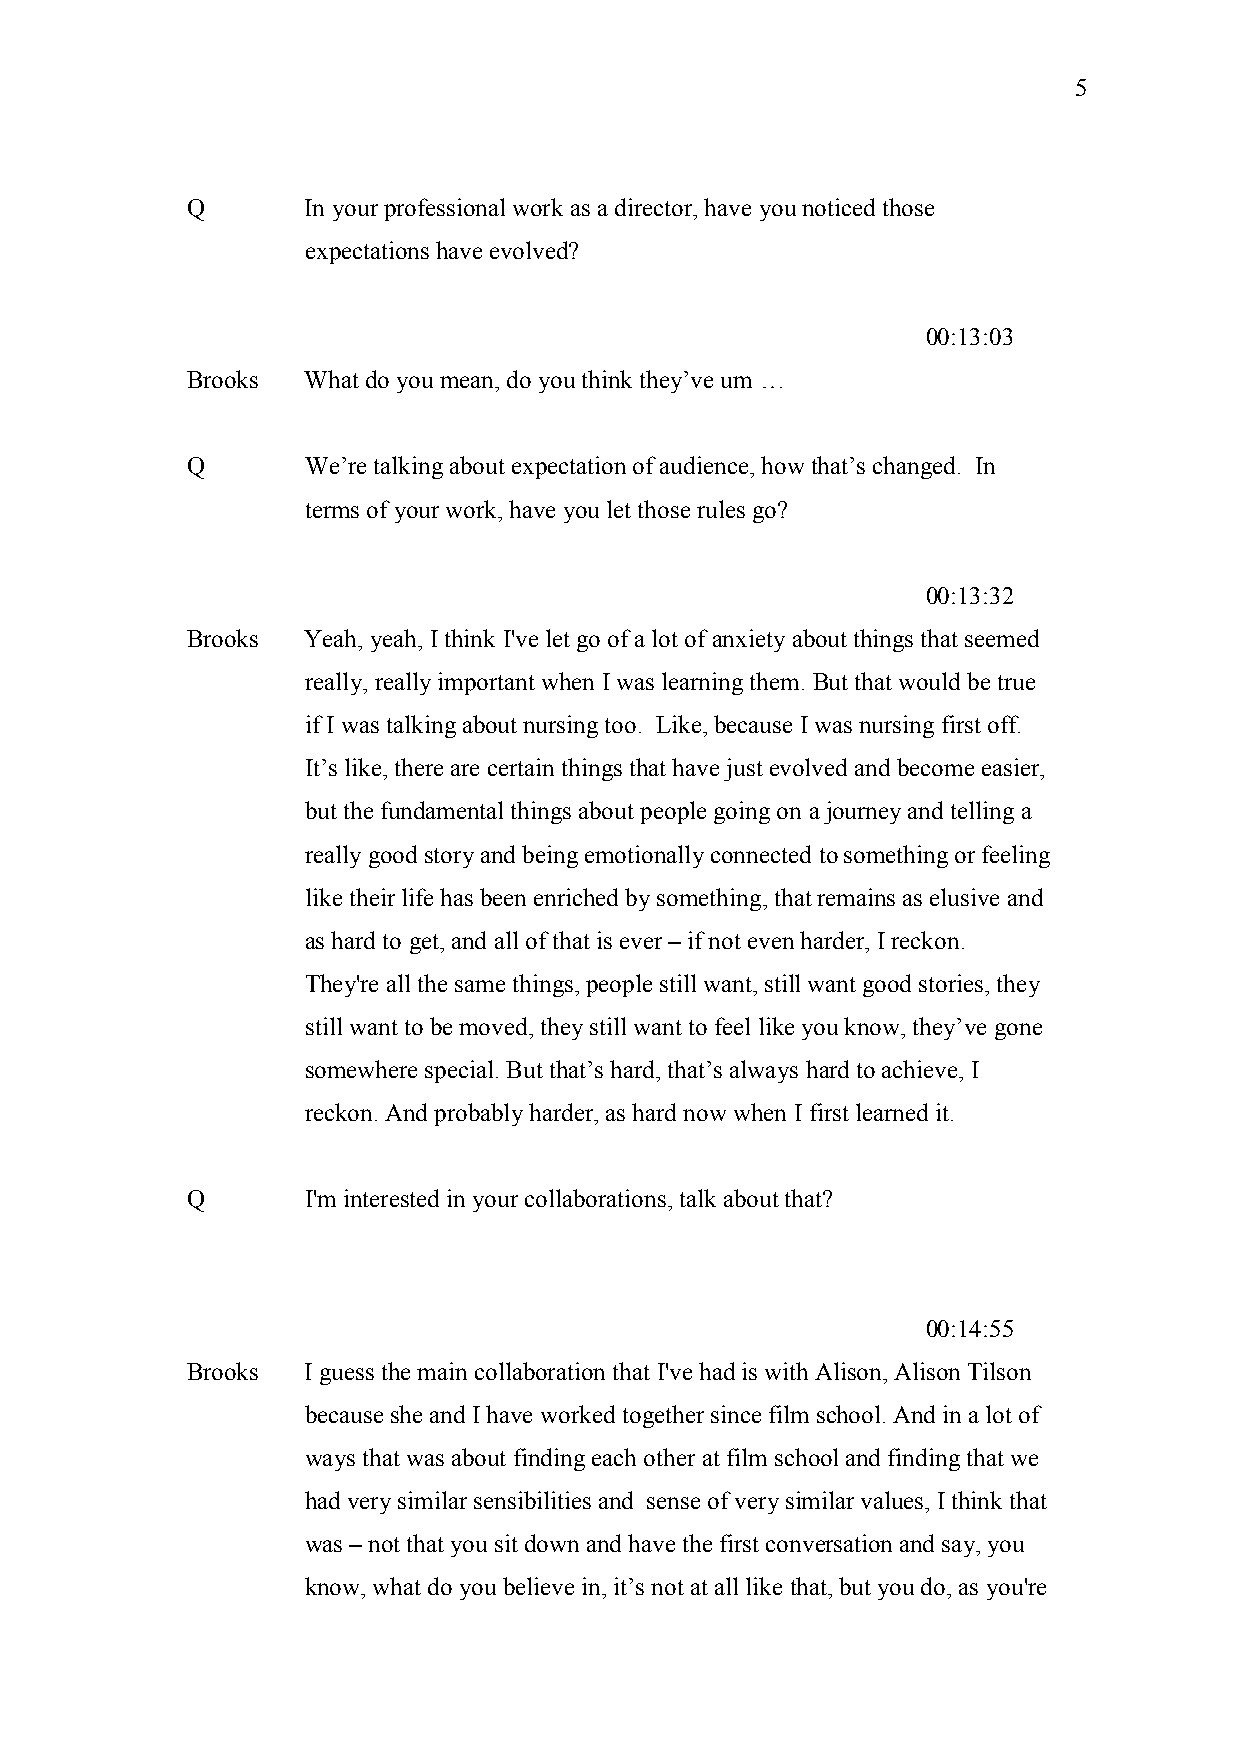
5
 Q       In your professional work as a director, have you noticed those
 expectations have evolved?
 00:13:03
 Brooks  What do you mean, do you think they’ve um …
 Q       We’re talking about expectation of audience, how that’s changed. In
 terms of your work, have you let those rules go?
 00:13:32
 Brooks  Yeah, yeah, I think I've let go of a lot of anxiety about things that seemed
 really, really important when I was learning them. But that would be true
 if I was talking about nursing too. Like, because I was nursing first off.
 It’s like, there are certain things that have just evolved and become easier,
 but the fundamental things about people going on a journey and telling a
 really good story and being emotionally connected to something or feeling
 like their life has been enriched by something, that remains as elusive and
 as hard to get, and all of that is ever – if not even harder, I reckon.
 They're all the same things, people still want, still want good stories, they
 still want to be moved, they still want to feel like you know, they’ve gone
 somewhere special. But that’s hard, that’s always hard to achieve, I
 reckon. And probably harder, as hard now when I first learned it.
 Q       I'm interested in your collaborations, talk about that?
 00:14:55
 Brooks  I guess the main collaboration that I've had is with Alison, Alison Tilson
 because she and I have worked together since film school. And in a lot of
 ways that was about finding each other at film school and finding that we
 had very similar sensibilities and sense of very similar values, I think that
 was – not that you sit down and have the first conversation and say, you
 know, what do you believe in, it’s not at all like that, but you do, as you're